Annual administration report of the Civil Veterinary Department of India - 1895-1896
Year: 1895
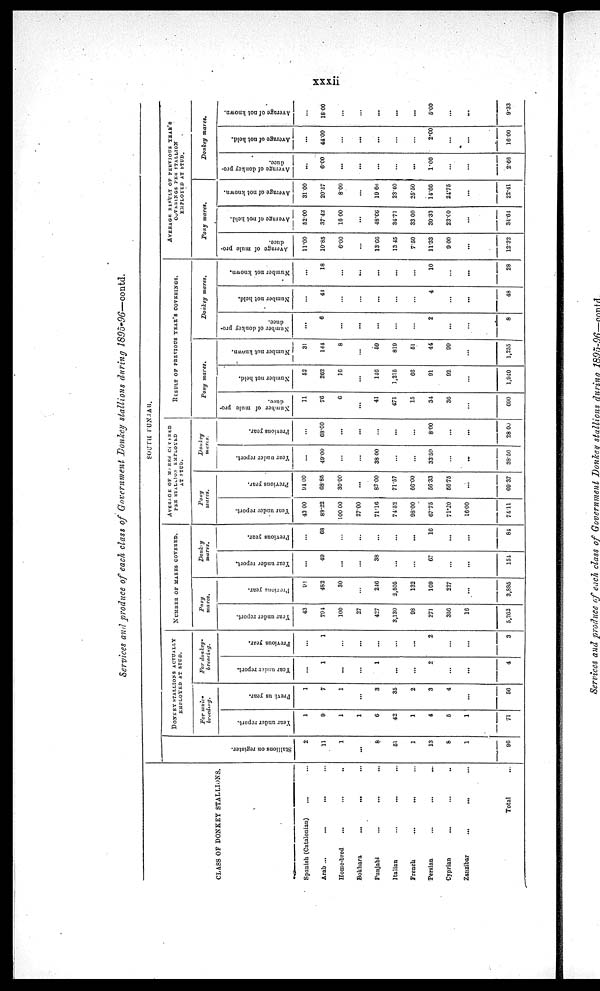
xxxii
Services and produce of each class of Government Donkey stallions during 1895-96—contd.
CLASS OF DONKEY STALLIONS.
Spanish (Catalonian) ... ...
Arab ... ... ... ...
Home-bred ... ... ... ...
Bokhara ... ... ... ...
Punjabi ... ... ... ...
Italian ... ... ... ...
French ... ... ... ...
Persian ... ... ... ...
Cyprian ... ... ... ...
Zanzibar ... ... ... ...
Total
SOUTH PUNJAB.
Stallions on register.
2
11
1
...
6
61
1
13
8
1
96
DONKEY STALLIONS ACTUALLY
EMPLOYED AT STUD.
For mule-
breeding.
Year under report.
1
9
1
1
6
42
1
4
5
1
71
Previous year.
1
7
1
...
3
35
2
3
4
...
56
For donkey-
breeding.
Year under report.
...
1
...
...
1
...
...
2
...
...
4
Previous year.
...
1
...
...
...
...
...
2
...
...
3
NUMBER OF MARES COVERED.
Pony
mares.
Year under report.
43
794
100
27
427
3,130
98
271
356
16
5,262
Previous year.
91
482
30
...
246
2,505
132
169
227
...
3,885
Donkey
mares.
Year under report.
...
49
...
...
38
...
...
67
...
...
151
Previous year.
...
68
...
...
...
...
...
16
...
...
84
AVERAGE OF MARES COVERED
PER STALLION EMPLOYED
AT STUD.
Pony
mares.
Year under report.
43 00
83.22
100 00
2700
71.16
74.52
98.00
67.75
71.20
16.00
74.11
Previous year.
94.00
68.85
30.00
...
82.00
71.57
86.60
56.33
66.75
...
69.37
Donkey
mares.
Year under report.
49.00
...
...
38.00
...
...
33.50
...
...
38.50
Previous year.
6.0
...
...
...
...
...
8.00
...
...
28.00
RESULT OF PREVIOUS YEAR'S COVERING.
Pony mares.
Number of mule pro-
duce.
11
76
6
...
41
471
15
34
36
...
690
Number not held.
52
262
16
...
146
1,215
66
91
92
...
1,940
Number not known.
31
144
8
...
59
819
51
44
99
...
1,255
Donkey
mares.
Number of donkey pro-
duce.
...
6
...
...
...
...
...
2
...
...
8
Number not held.
40
...
...
...
...
...
4
...
...
48
Number not known.
18
...
...
...
...
...
10
...
...
28
AVERAGE RESULT OF PREVIOUS YEAR'S
COVERINGS PER STALLION
EMPLOYED AT STUD.
Pony
mares.
Average of mule pro-
duce.
11.00
10.85
6.00
...
136.6
13.45
7.50
11.33
9.00
...
12.32
Average of not held.
52.00
3742
16 00
...
48.66
34.71
33.00
30.33
23.00
...
34.64
Average of not known.
31.00
20.57
8.00
...
19.66
23.40
25.50
14.66
24.75
...
22.41
Donkey
mares.
Average of donkey pro-
duce.
...
6.00
...
...
...
...
...
1.00
...
...
2.63
Average of not held.
...
44.00
...
...
...
...
...
2.00
...
...
16.00
Average
of not known,
18.00
...
...
...
...
...
5.00
...
...
9.33